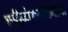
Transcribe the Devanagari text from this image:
एडीनोकार्सीनोमा